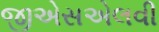
જીએસએલવી